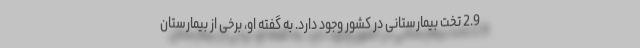
2.9 تخت بیمارستانی در کشور وجود دارد. به گفته او، برخی از بیمارستان